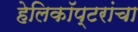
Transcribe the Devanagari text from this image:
हेलिकॉप्टरांचा